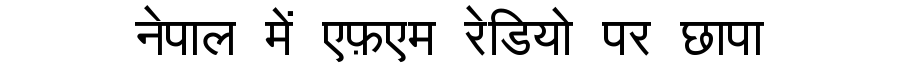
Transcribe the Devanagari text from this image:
नेपाल में एफ़एम रेडियो पर छापा